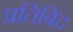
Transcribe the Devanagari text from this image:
प्रतिबिंद